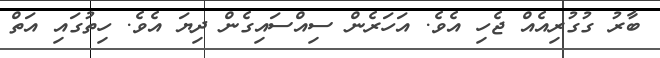
ބާރު ގުގުރިއެއް ޖެހި އެވެ. އަހަރެން ސިއްސައިގެން ދިޔަ އެވެ. ހިތުގައި އަތް